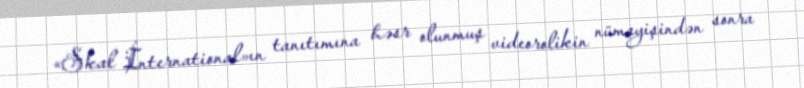
«Skal İnternational»ın tanıtımına həsr olunmuş videorolikin nümayişindən sonra